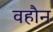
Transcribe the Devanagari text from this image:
वहौन